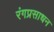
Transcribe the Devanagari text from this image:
रंगप्रसाधन